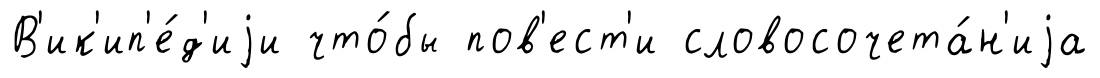
В'ик'ип'е́д'иjи что́бы пов'ест'и словосочета́н'иjа